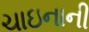
ચાઇનાની